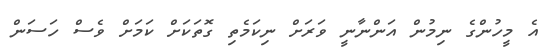
އެ މީހުންގެ ނިމުން އަންނާނީ ވަރަށް ނިކަމެތި ގޮތަކަށް ކަމަށް ވެސް ހަސަން